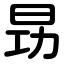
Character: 昮